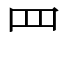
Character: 罒